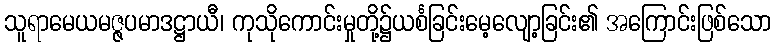
သူရာမေယမဇ္ဇပမာဒဋ္ဌာယီ၊ ကုသိုကောင်းမှုတို့၌ယင်္စခြင်းမေ့လျော့ခြင်း၏ အကြောင်းဖြစ်သော